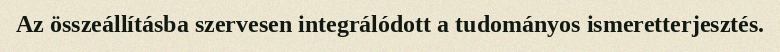
Az összeállításba szervesen integrálódott a tudományos ismeretterjesztés.